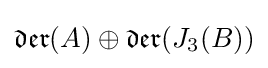
{\mathfrak {der}}(A)\oplus {\mathfrak {der}}(J_{3}(B))